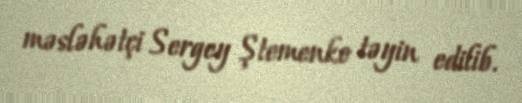
məsləhətçi Sergey Ştemenko təyin edilib.